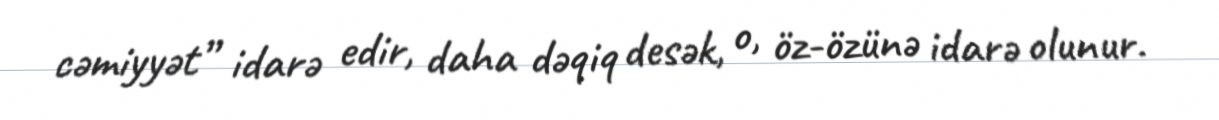
cəmiyyət” idarə edir, daha dəqiq desək, o, öz-özünə idarə olunur.